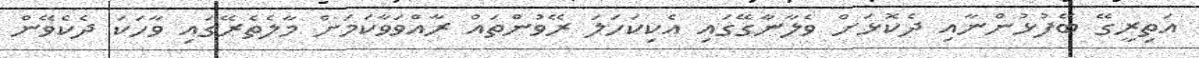
އަތިރީގޭ ބޭފުޅުންނާއި ދެކޮޅަށް ވެލާނާގޭގައި އެކިކަހަލަ ރޭވުންތައް ރާއްވަވާކަމަށް މާލެތެރޭގައި ވާހަކަ ދެކެވޭން